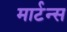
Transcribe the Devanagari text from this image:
मार्टन्स